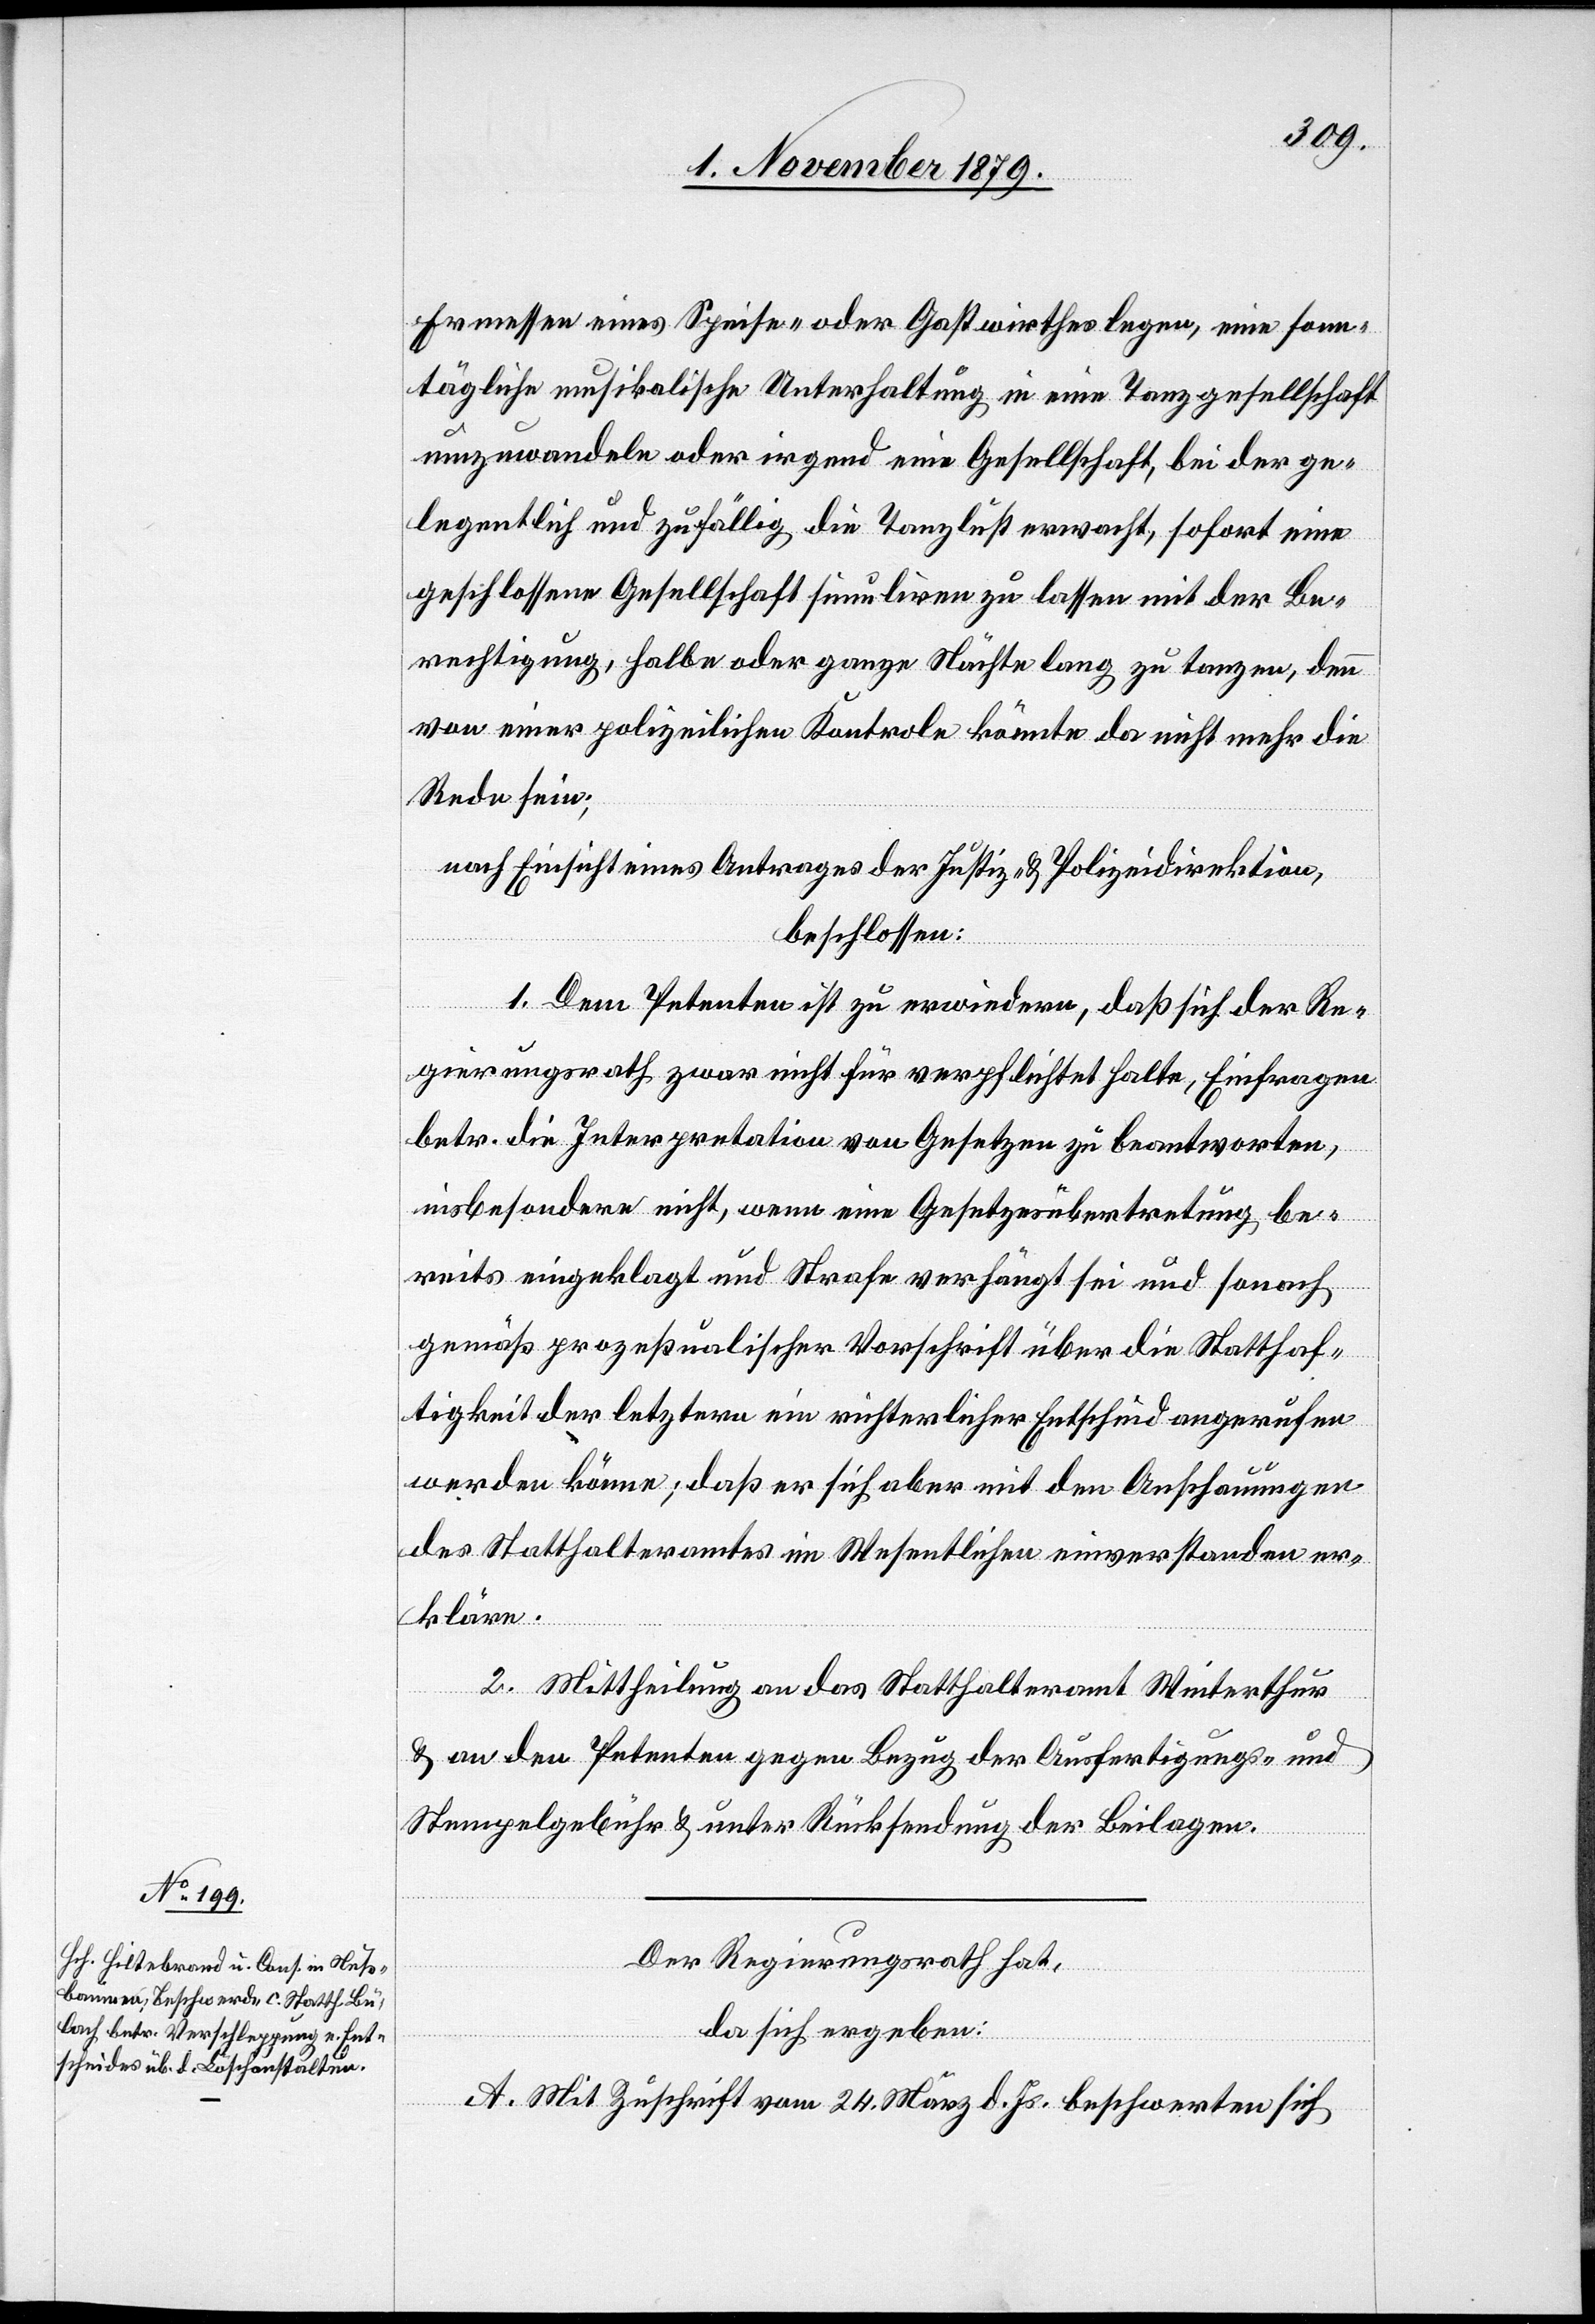
Ermessen eines Speise- oder Gastwirthes legen, eine sonn¬
tägliche musikalische Unterhaltung in eine Tanzgesellschaft
umzuwandeln oder irgend eine Gesellschaft, bei der ge¬
legentlich und zufällig die Tanzlust erwacht, sofort eine
geschlossene Gesellschaft simuliren zu lassen mit der Be¬
rechtigung, halbe oder ganze Nächte lang zu tanzen, denn
von einer polizeilichen Kontrole könnte da nicht mehr die
Rede sein;
nach Einsicht eines Antrages der Justiz- & Polizeidirektion,
beschlossen:
1. Dem Petenten ist zu erwiedern, daß sich der Re¬
gierungsrath zwar nicht für verpflichtet halte, Einfragen
betr. die Interpretation von Gesetzen zu beantworten,
insbesondere nicht, wenn eine Gesetzesübertretung be¬
reits eingeklagt und Strafe verhängt sei und sonach
gemäß prozeßualischer Vorschrift über die Statthaf¬
tigkeit der letztern ein richterlicher Entscheid angerufen
werden könne; daß er sich aber mit den Anschauungen
des Statthalteramtes im Wesentlichen einverstanden er¬
kläre.
2. Mittheilung an das Statthalteramt Winterthur
& an den Petenten gegen Bezug der Ausfertigungs- und
Stempelgebühr & unter Rücksendung der Beilagen.
Der Regierungsrath hat,
da sich ergeben:
A. Mit Zuschrift vom 24. März d. Js. beschwerten sich